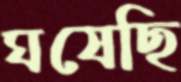
ঘষেছি